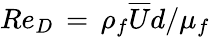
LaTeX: Re_{D}\, =\, \rho_{f}\overline{{U}}d/\mu_{f}